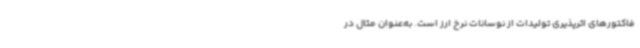
فاکتورهای اثرپذیری تولیدات از نوسانات نرخ ارز است. به‌عنوان مثال در